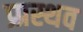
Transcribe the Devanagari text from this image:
प्र्प्रस्थव